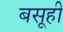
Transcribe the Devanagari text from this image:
बसूही